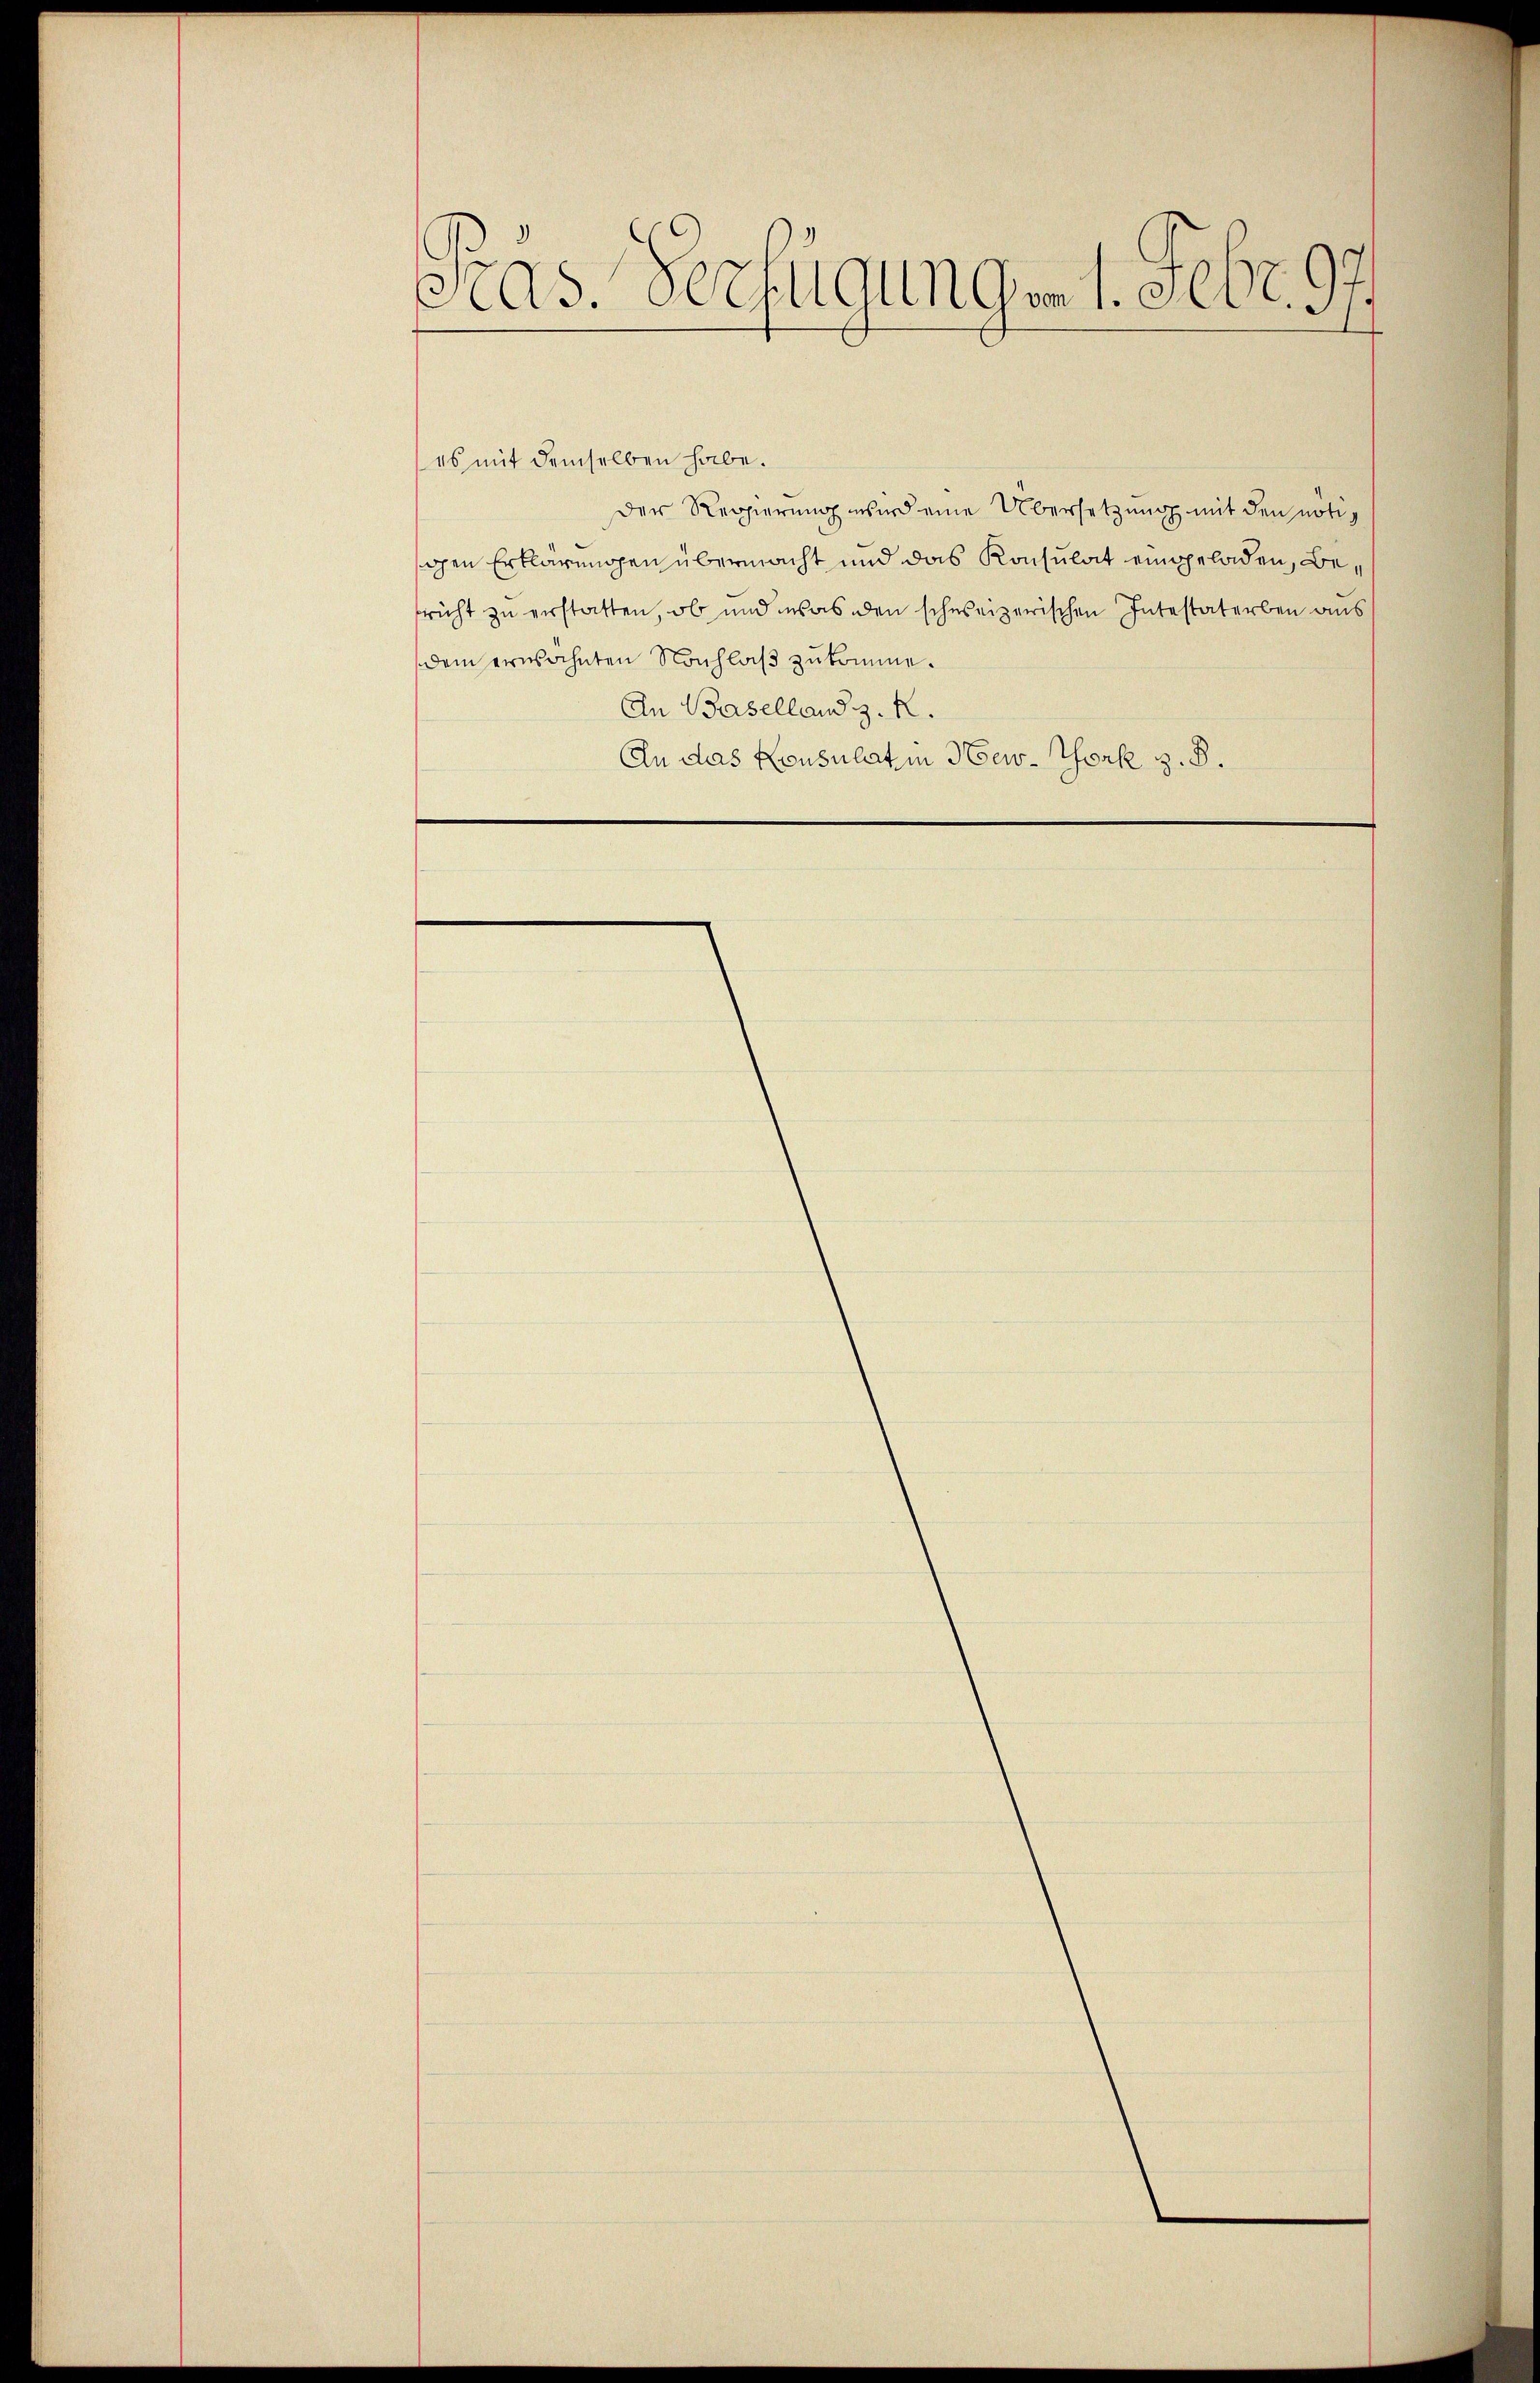
Pras. Verfügungen 1. Febr. 9

es mit demselben habe.
Der Regierung wird eine Übersetzung mit den nötig
ohen Erklärungen übermacht und das Konsulat eingeladen, Bericht zu erstatten, ob und was den schweizerischen Intestaterben aus
dem erwähnten Nachlaβ zukomme.
An Baselland z. R.
An das Konsulat in New-York z. B.